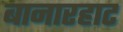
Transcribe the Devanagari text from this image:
बानारहाट